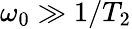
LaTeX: \omega_{0}\gg 1/T_{2}